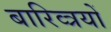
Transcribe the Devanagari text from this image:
बारिव्त्रयों